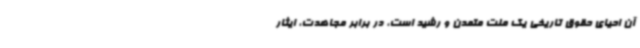
آن احیای حقوق تاریخی یک ملت متمدن و رشید است، در برابر مجاهدت، ایثار